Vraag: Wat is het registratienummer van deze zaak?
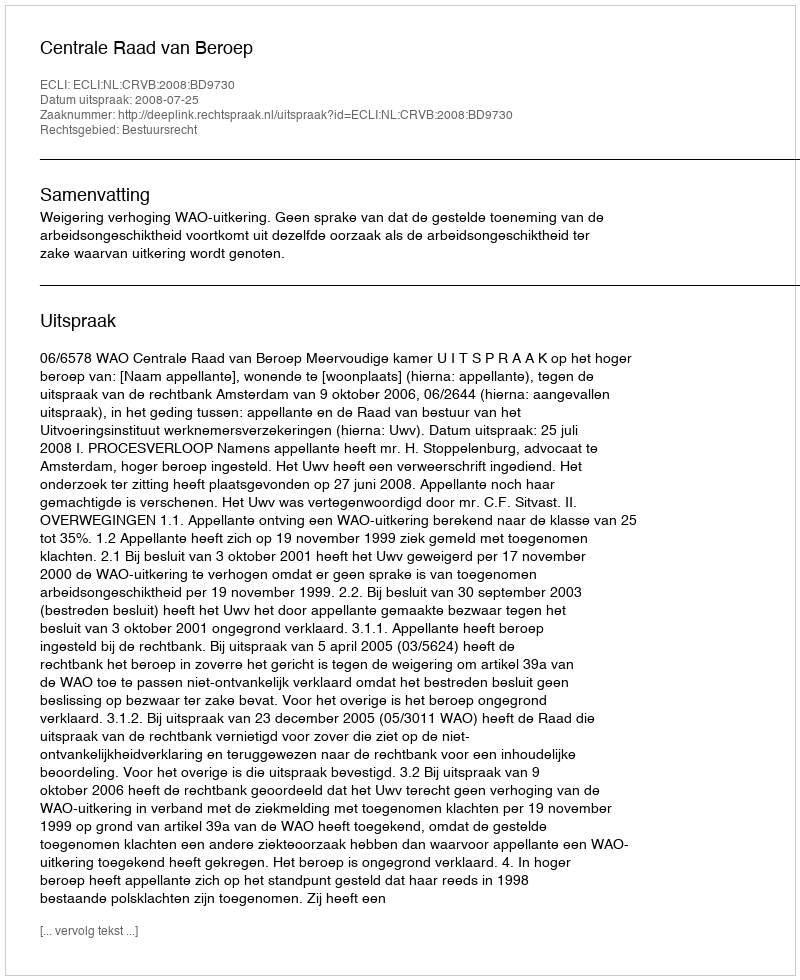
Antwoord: http://deeplink.rechtspraak.nl/uitspraak?id=ECLI:NL:CRVB:2008:BD9730